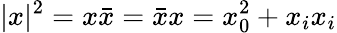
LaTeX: |x|^{2}=x\bar{x}=\bar{x}x=x_{0}^{2}+x_{i}x_{i}